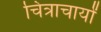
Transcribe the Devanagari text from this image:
चित्राचार्यों